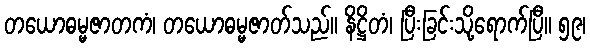
တယောဓမ္မဇာတကံ၊ တယောဓမ္မဇာတ်သည်။ နိဋ္ဌိတံ၊ ပြီးခြင်းသို့ရောက်ပြီ။ ၅၉၊